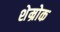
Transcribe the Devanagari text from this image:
शेम्रोक